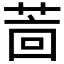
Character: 𱽲